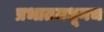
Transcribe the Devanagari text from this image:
प्रभातमधूनच